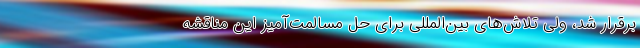
برقرار شد، ولی تلاش‌های بین‌المللی برای حل مسالمت‌آمیز این مناقشه